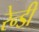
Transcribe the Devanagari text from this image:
रेन्डी